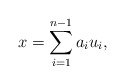
\begin{align*}x=\sum_{i=1}^{n-1}a_iu_i,\end{align*}